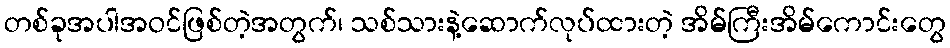
တစ်ခုအပါအဝင်ဖြစ်တဲ့အတွက်၊ သစ်သားနဲ့ဆောက်လုပ်ထားတဲ့ အိမ်ကြီးအိမ်ကောင်းတွေ